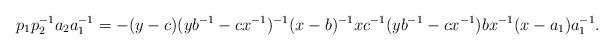
LaTeX: \begin{align*}p_1p_2^{-1}a_2a_1^{-1}=-(y-c)(yb^{-1}-cx^{-1})^{-1}(x-b)^{-1}xc^{-1}(yb^{-1}-cx^{-1})bx^{-1}(x-a_1)a_1^{-1} .\end{align*}